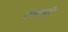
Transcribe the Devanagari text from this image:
लयवादी।